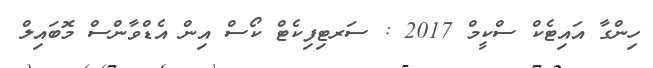
ހިންގާ އައިޓެކް ސްކީމް 2017 : ސަރޓިފިކެޓް ކޯސް އިން އެޑްވާންސް މޮބައިލް